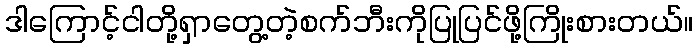
ဒါကြောင့်ငါတို့ရှာတွေ့တဲ့စက်ဘီးကိုပြုပြင်ဖို့ကြိုးစားတယ်။